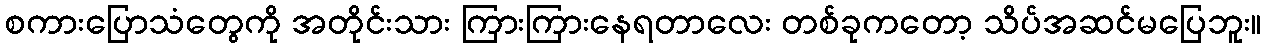
စကားပြောသံတွေကို အတိုင်းသား ကြားကြားနေရတာလေး တစ်ခုကတော့ သိပ်အဆင်မပြေဘူး။